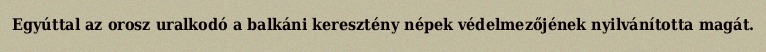
Egyúttal az orosz uralkodó a balkáni keresztény népek védelmezőjének nyilvánította magát.